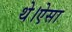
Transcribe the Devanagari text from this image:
थे।ऐसा